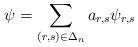
LaTeX: \begin{align*}\psi = \sum_{(r,s)\in\Delta_{n}} a_{r,s} \psi_{r,s}\end{align*}